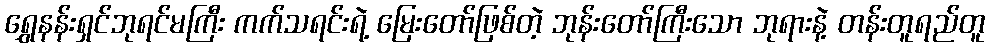
ရွှေနန်းရှင်ဘုရင်မကြီး ကက်သရင်းရဲ့ မြေးတော်ဖြစ်တဲ့ ဘုန်းတော်ကြီးသော ဘုရားနဲ့ တန်းတူရည်တူ